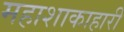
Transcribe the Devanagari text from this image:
महाशाकाहारी